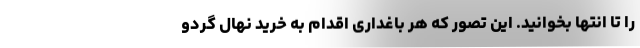
را تا انتها بخوانید. این تصور که هر باغداری اقدام به خرید نهال گردو